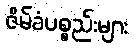
ဇိမ်ခံပစ္စည်းများ